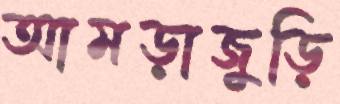
আমড়াজুড়ি